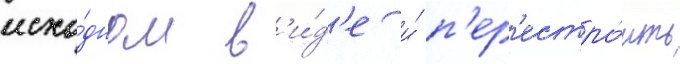
исхо́дном в'и́д'е и́ п'ер'естро́ить